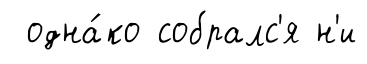
одна́ко собралс'я н'и